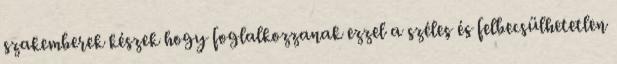
szakemberek készek hogy foglalkozzanak ezzel a széles és felbecsülhetetlen